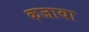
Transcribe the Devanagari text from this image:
कजावा